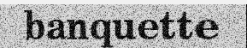
banquette